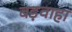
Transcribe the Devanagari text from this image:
बड़वाहा